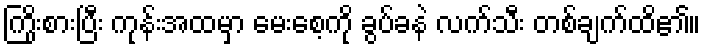
ကြိုးစားပြီး ကုန်းအထမှာ မေးစေ့ကို ခွပ်ခနဲ လက်သီး တစ်ချက်ထိ၏။